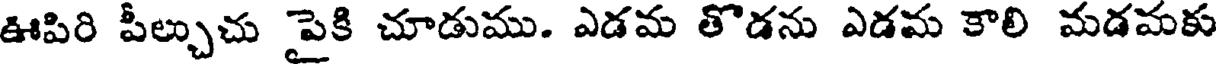
ఊపిరి పీల్చుచు పైకి చూడుము. ఎడమ తొడను ఎడమ కాలి మడమకు